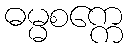
ဓမ္မစက္ကေ